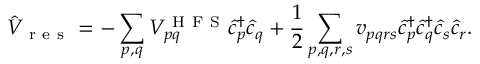
{ \hat { V } } _ { \mathrm { ~ r ~ e ~ s ~ } } = - \sum _ { p , q } { V } _ { p q } ^ { \mathrm { ~ H ~ F ~ S ~ } } { \hat { c } ^ { \dagger } } _ { p } { \hat { c } } _ { q } + \frac { 1 } { 2 } \sum _ { p , q , r , s } { v } _ { p q r s } { \hat { c } ^ { \dagger } } _ { p } { \hat { c } ^ { \dagger } } _ { q } { \hat { c } } _ { s } { \hat { c } } _ { r } .